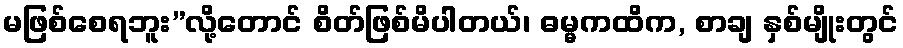
မဖြစ်စေရဘူး”လို့တောင် စိတ်ဖြစ်မိပါတယ်၊ ဓမ္မကထိက, စာချ နှစ်မျိုးတွင်